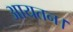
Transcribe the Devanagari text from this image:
आयतन।